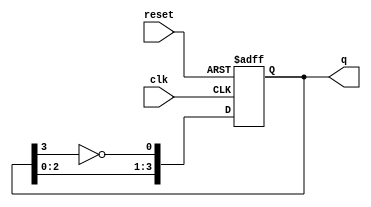
module johnson_counter #(
    parameter N = 4  // Number of flip-flops
) (
    input wire clk,       // Clock input
    input wire reset,     // Asynchronous reset
    output reg [N-1:0] q // Output state of the counter
);

    // Internal signal for feedback
    wire feedback;

    // Feedback is the inverted output of the last flip-flop
    assign feedback = ~q[N-1];

    always @(posedge clk or posedge reset) begin
        if (reset) begin
            // Asynchronous reset
            q <= 0;
        end else begin
            // Johnson counter state transition
            q <= {q[N-2:0], feedback};
        end
    end

endmodule